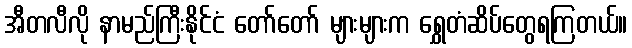
အီတလီလို နာမည်ကြီးနိုင်ငံ တော်တော် များများက ရွှေတံဆိပ်တွေရကြတယ်။